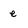
Character: e